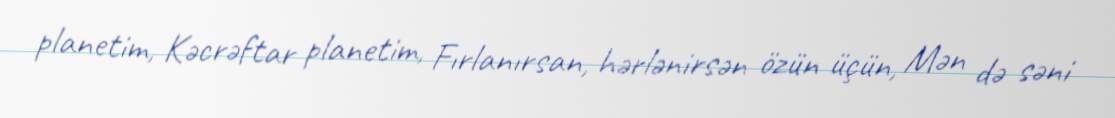
planetim, Kəcrəftar planetim, Fırlanırsan, hərlənirsən özün üçün, Mən də səni